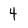
Character: 4